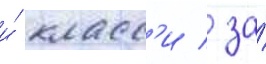
и́ класс'и / за́